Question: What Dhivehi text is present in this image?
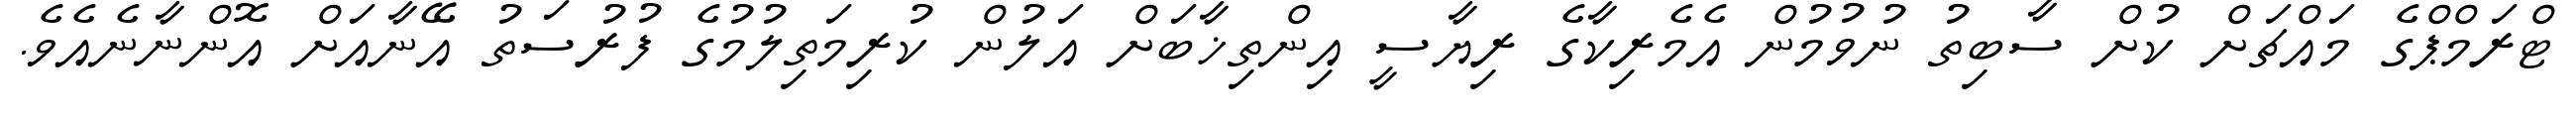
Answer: ޓްރަމްޕްގެ މައްޗަށް ކުށް ސާބިތު ނުވުމުން އެމެރިކާގެ ރިޔާސީ އިންތިޚާބަށް އަލުން ކުރިމަތިލުމުގެ ފުރުސަތު އޭނާއަށް އޮންނާނެއެވެ.